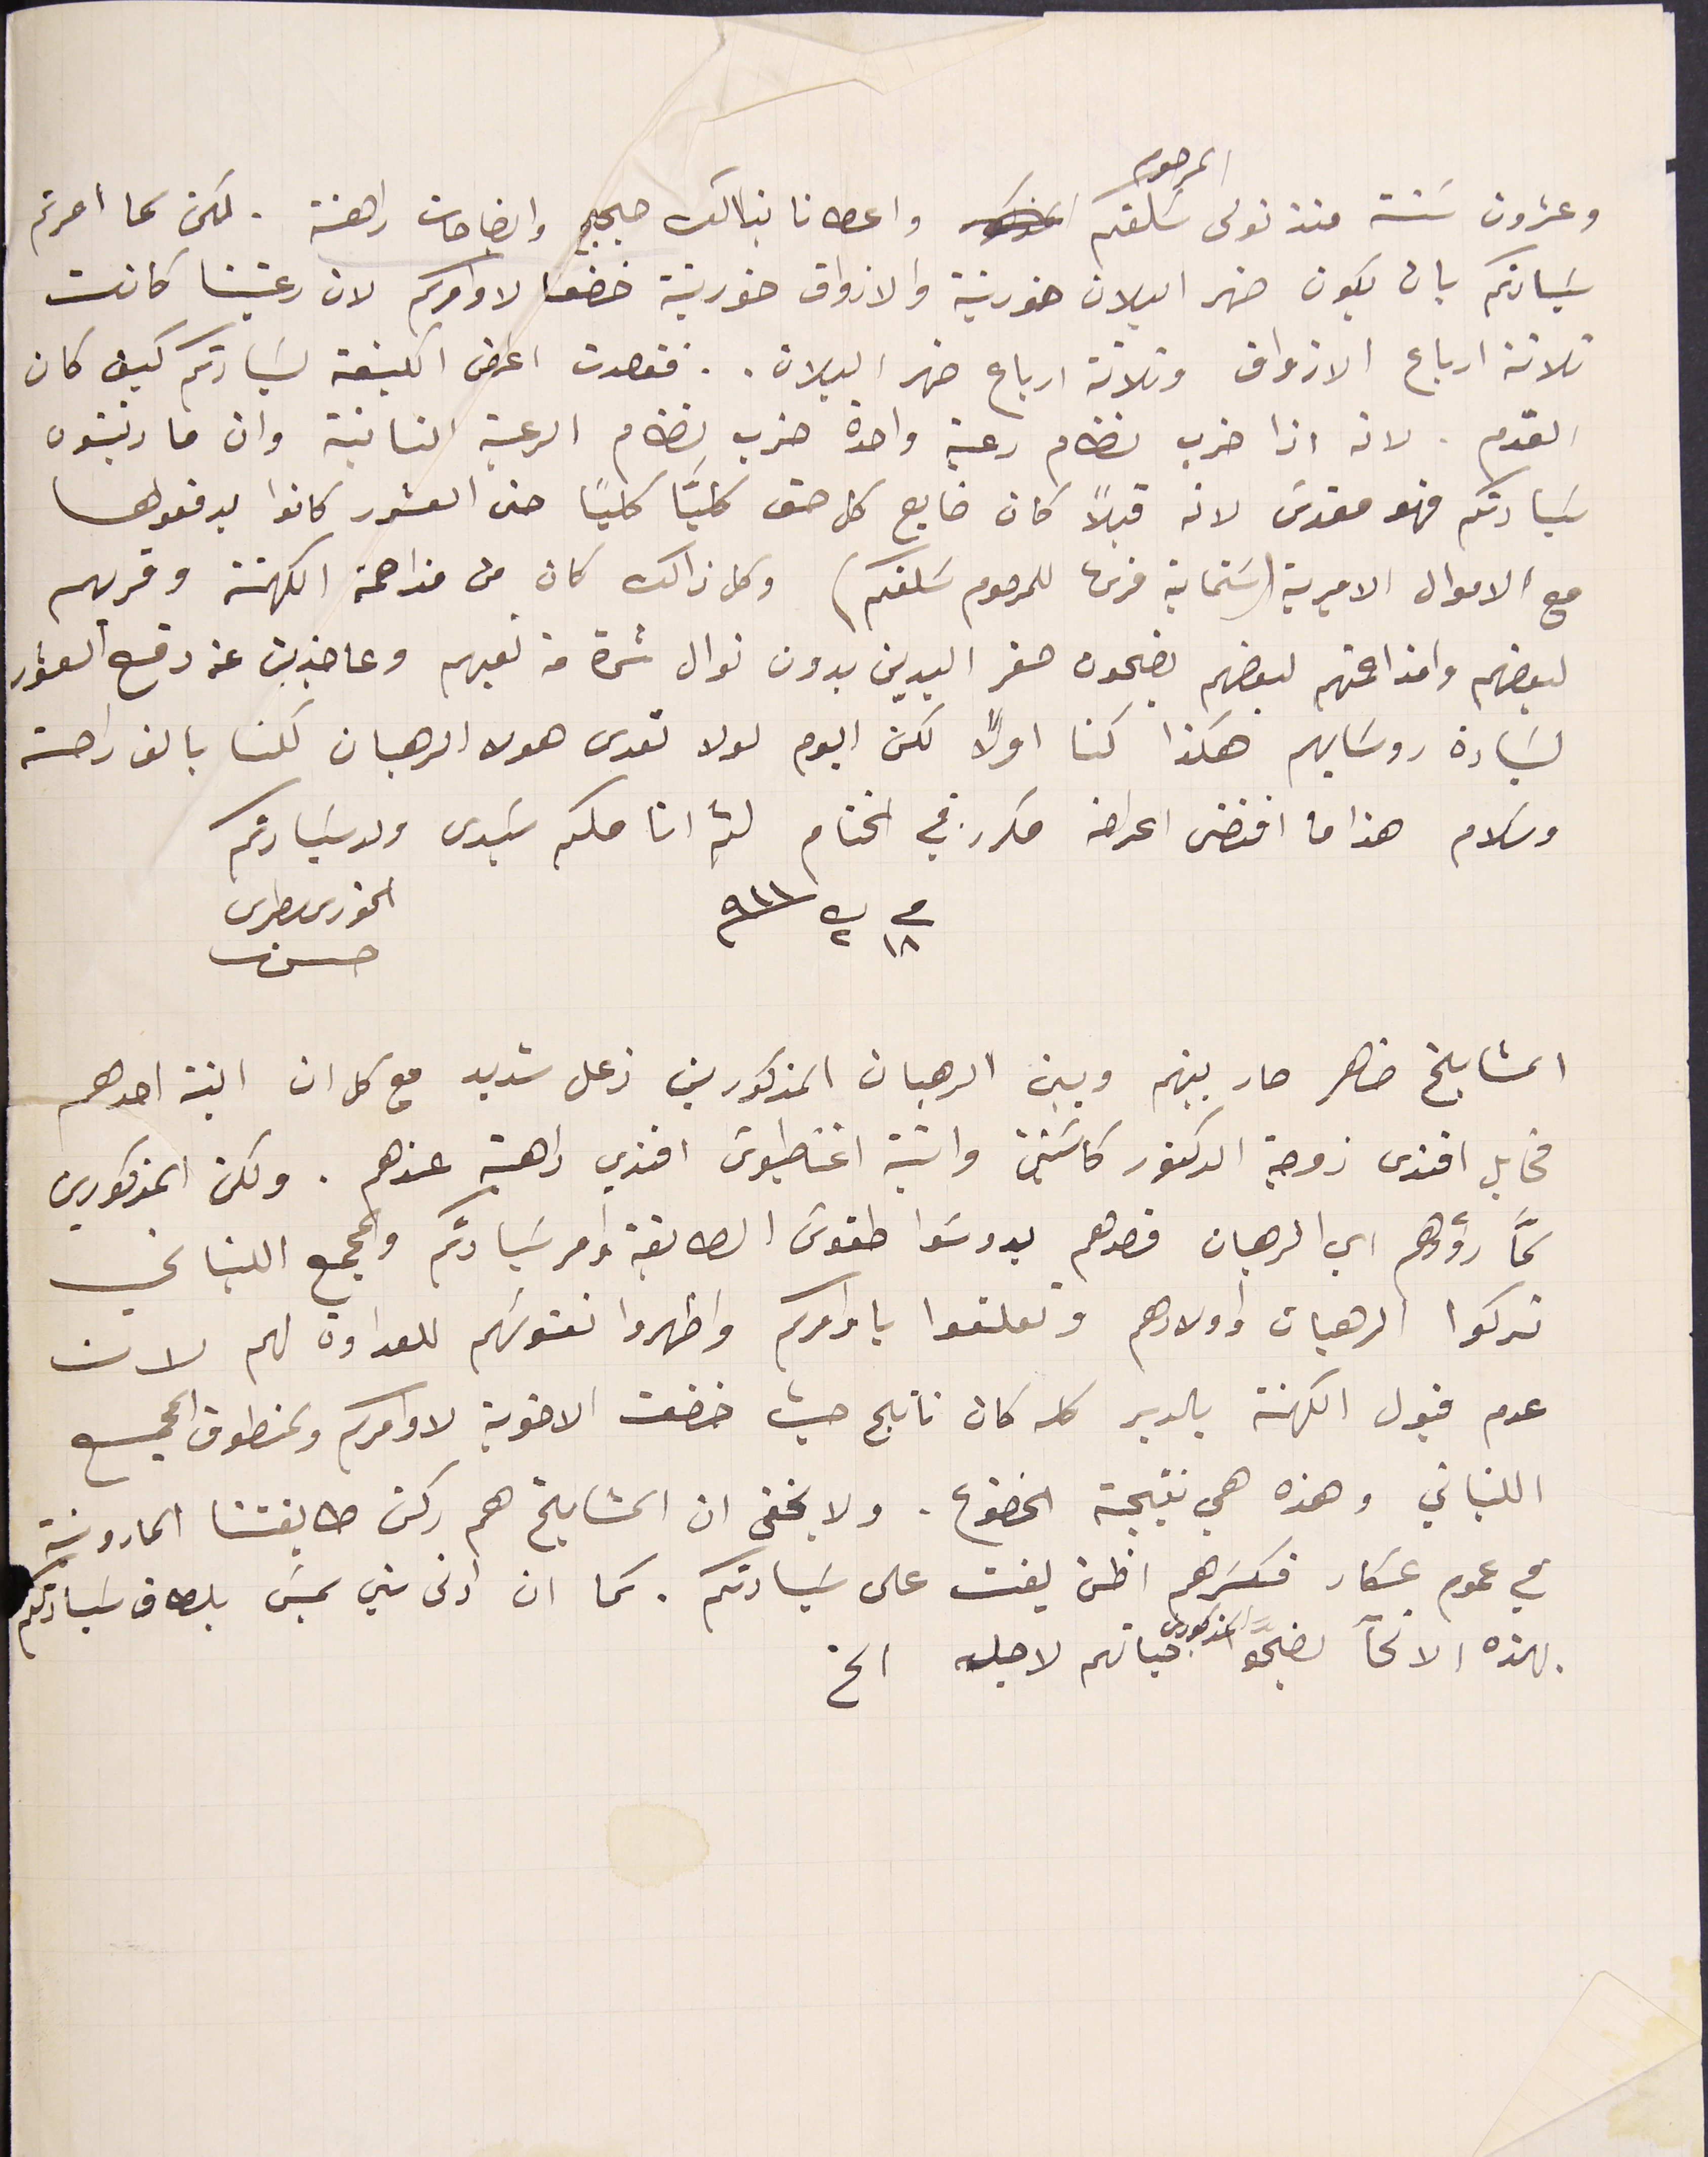
وعشرون سَنة منذ تولى المرحوم سَلفكم واعطانا بذالك حجج وايضاحات راهنة. لكن كما امرتم
سَيادتكم بان يكون ضهر البلان خورنية والازواق خورنية خضعنا لاوامركم لان رعيتنا كانت
 ثلاثة ارباع الازواق وثلاثة ارباع ضهر البلان.. فقصدت اعرض الكيفة لسَيادتكم كيف كان
القدم. لانه اذا ضرب نظام رعية واحدة ضرب نظام الرعية الثانية وان ما رتبتون
سَيادتكم فهو مقدسَ لانه قبلاً كان ضايع كل حق كليَّا كليًا حتى العشور كانوا يدفعوها
مع الاموال الاميرية (سَتماية قرش للمرحوم سَلفكم) وكل ذالك كان من مزاحمة الكهنة وقربهم
لبعضهم وامزاحمتهم لبعضهم يضحون صفر اليدين بدون نوال شئ من تعبهم وعاجزين عن دفع العشور
لسَيادة روسَايهم هكذا كنا اولًا لكن اليوم لولا تعدى هولا الرهبان لكنا بالف راحة
وسلام هذا ما اقتضى اعراضه مكرر في الختام لثم انامكىم سَيدى ولد سَيادتكم
فى ١٨ ك٢  ٩١١  الخورى بطرس حسن
المشايخ ضاهر صار بينهم وبين الرهبان المذكورين زعل شديد مع كل ان ابنة احدهم
مخايل افندى زوجة الدكتور كاسَيني وابنة اغناطيوسَ افندي راهبة عندهم. ولكن المذكورين
كمّا رؤوهم اي الرهبان قصدهم يدوسَوا طقوس الطايفة وامر سَيادتكم والمجمع اللبناني
تركوا الرهبان اولادهم وتعلقوا باوامركم واظهروا نفوسَهم للعداوة لهم لان
عدم قبول الكهنة بالدير كله كان ناتج حيث خضعت الاخوية لاوامركم ولمنطوق المجمع
اللبناني وهذه هي نتيجة الخضوع. ولا يخفى ان المشايخ هم ركن طايفتنا المارونية
في عموم عكار فكسَرهم اظن يفت على سَيادتكم. كما ان ادنى سني يمسَ بلطاف سَيادتكم
بهذه الانحآ يضحوُ المذكورين حياتهم لاجله الخ